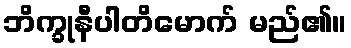
ဘိက္ခုနီပါတိမောက် မည်၏။